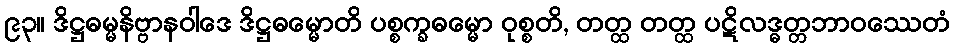
၉၃။ ဒိဋ္ဌဓမ္မနိဗ္ဗာနဝါဒေ ဒိဋ္ဌဓမ္မောတိ ပစ္စက္ခဓမ္မော ဝုစ္စတိ, တတ္ထ တတ္ထ ပဋိလဒ္ဓတ္တဘာဝဿေတံ